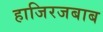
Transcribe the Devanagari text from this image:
हाजिरजबाब